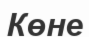
Көне